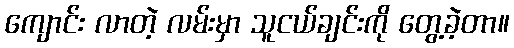
ကျောင်း လာတဲ့ လမ်းမှာ သူငယ်ချင်းကို တွေ့ခဲ့တာ။